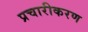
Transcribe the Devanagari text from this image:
प्रचारीकरण